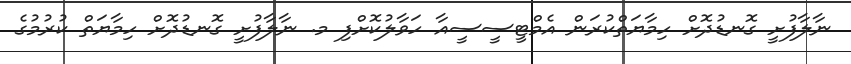
ނާލާފުށީ ގޮނޑުދޮށް ހިމާޔަތްކުރަން އެމްޓީސީސީއާ ހަވާލުކޮށްފި މ. ނާލާފުށީ ގޮނޑުދޮށް ހިމާޔަތް ކުރުމުގެ